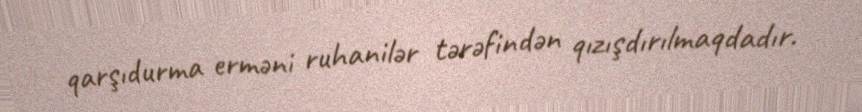
qarşıdurma erməni ruhanilər tərəfindən qızışdırılmaqdadır.